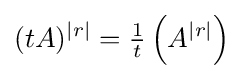
(tA)^{|r|}={\tfrac {1}{t}}\left(A^{|r|}\right)